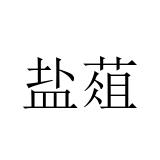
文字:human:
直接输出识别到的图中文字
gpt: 盐葅